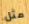
مثل